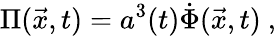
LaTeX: \Pi(\vec{x},t)=a^{3}(t)\dot{\Phi}(\vec{x},t)\ ,